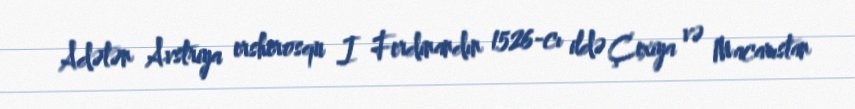
Adətən Avstriya ersherosqu I Ferdinandın 1526-cı ildə Çexiya və Macarıstan